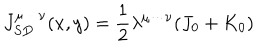
LaTeX: J _ { S D } ^ { \mu \cdots \nu } ( x , y ) = \frac { 1 } { 2 } \lambda ^ { \mu \cdots \nu } ( J _ { 0 } + K _ { 0 } )